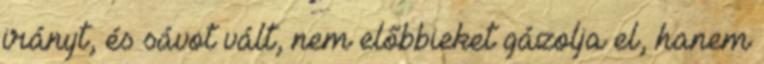
irányt, és sávot vált, nem előbbieket gázolja el, hanem